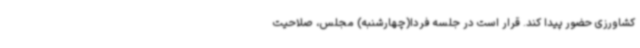
کشاورزی حضور پیدا کند. قرار است در جلسه فردا(چهارشنبه) مجلس، صلاحیت